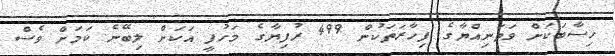
ހިސާބަކަށް ވަތަނިއްޔާގެ ފިހާރަތަކުން 499 ރުފިޔާގެ މަހުފީ އަކަށް ލިބޭނެ ކަމަށް ވެސް